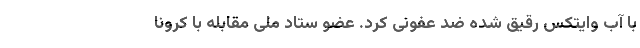
با آب وایتکس رقیق شده ضد عفونی کرد. عضو ستاد ملی مقابله با کرونا